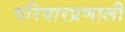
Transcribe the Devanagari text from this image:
परिवारप्रणाली